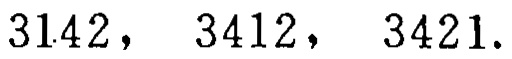
$3142,\ 3412,\ 3421.$